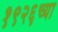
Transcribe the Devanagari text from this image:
१९२६च्या